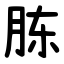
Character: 胨